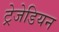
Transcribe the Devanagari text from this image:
ट्रेजेडियन